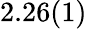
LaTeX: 2.26(1)